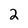
Character: 2